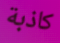
كاذبة